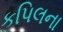
કપિલના